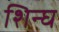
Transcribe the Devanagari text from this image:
शिन्घ